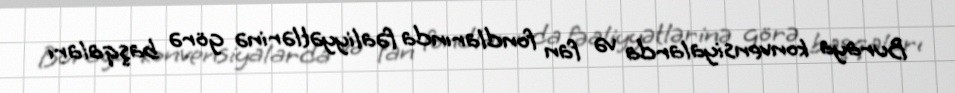
Buraya konvensiyalarda və fan fondlarında fəaliyyətlərinə görə başqaları